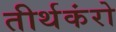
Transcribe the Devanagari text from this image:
तीर्थकंरो